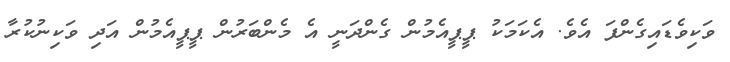
ވަކިވެޑައިގެންފަ އެވެ. އެކަމަކު ޕީޕީއެމުން ގެންދަނީ އެ މެންބަރުން ޕީޕީއެމުން އަދި ވަކިނުކުރާ